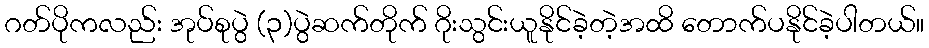
ဂတ်ပိုကလည်း အုပ်စုပွဲ (၃)ပွဲဆက်တိုက် ဂိုးသွင်းယူနိုင်ခဲ့တဲ့အထိ တောက်ပနိုင်ခဲ့ပါတယ်။